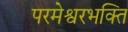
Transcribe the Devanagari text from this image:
परमेश्वरभक्ति